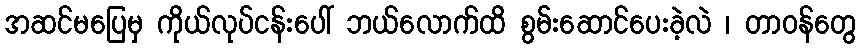
အဆင်မပြေမှ ကိုယ်လုပ်ငန်းပေါ် ဘယ်လောက်ထိ စွမ်းဆောင်ပေးခဲ့လဲ ၊ တာဝန်တွေ